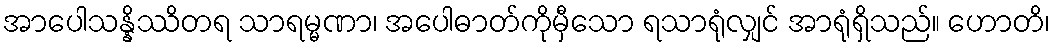
အာပေါသန္နိဿိတရ သာရမ္မဏာ၊ အပေါဓာတ်ကိုမှီသော ရသာရုံလျှင် အာရုံရှိသည်။ ဟောတိ၊